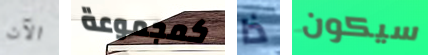
الآن كمجموعة ذا سيكون